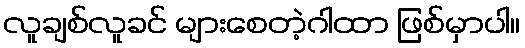
လူချစ်လူခင် များစေတဲ့ဂါထာ ဖြစ်မှာပါ။